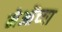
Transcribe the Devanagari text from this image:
मेओंच्या